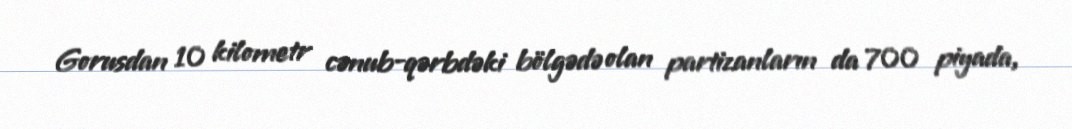
Gorusdan 10 kilometr cənub-qərbdəki bölgədə olan partizanların da 700 piyada,